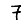
Digit: 7